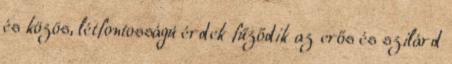
és közös, létfontosságú érdek fűződik az erős és szilárd